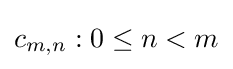
c_{m,n}:0\leq n<m